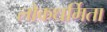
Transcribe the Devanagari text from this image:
लोकधर्मिता